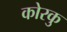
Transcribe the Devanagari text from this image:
कोरकु